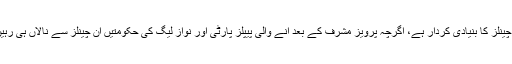
عوام میں اپنے حقوق کے لیے بیداری کی لہر پیدا کرنے میں ہمارے نیوز چینلز کا بنیادی کردار ہے، اگرچہ پرویز مشرف کے بعد آنے والی پیپلز پارٹی اور نواز لیگ کی حکومتیں ان چینلز سے نالاں ہی رہیں لیکن معلومات کا ایک خزانہ عوام تک پہنچ گیا اور مسلسل پہنچ رہا ہے ۔